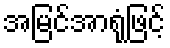
အမြင်အာရုံဖြင့်